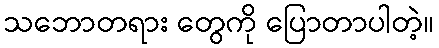
သဘောတရား တွေကို ပြောတာပါတဲ့။